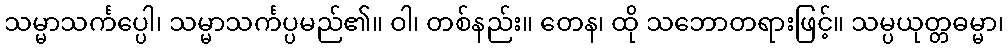
သမ္မာသင်္ကပ္ပေါ၊ သမ္မာသင်္ကပ္ပမည်၏။ ဝါ၊ တစ်နည်း။ တေန၊ ထို သဘောတရားဖြင့်။ သမ္ပယုတ္တဓမ္မာ၊